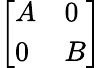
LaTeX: \left[\begin{array}{ll}{A}&{0}\\ {0}&{B}\end{array}\right]